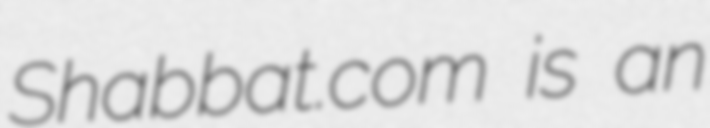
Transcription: Shabbat.com is an